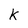
Character: K